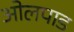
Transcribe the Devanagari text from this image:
ओलपाड